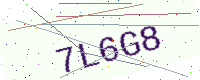
Text: 7L6G8